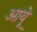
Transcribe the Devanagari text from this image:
आयूे